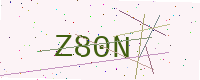
Text: Z80N